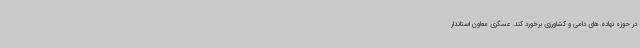
در حوزه نهاده های دامی و کشاورزی برخورد کند. عسگری معاون استاندار